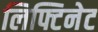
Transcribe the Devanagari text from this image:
लिफ्टिनेट